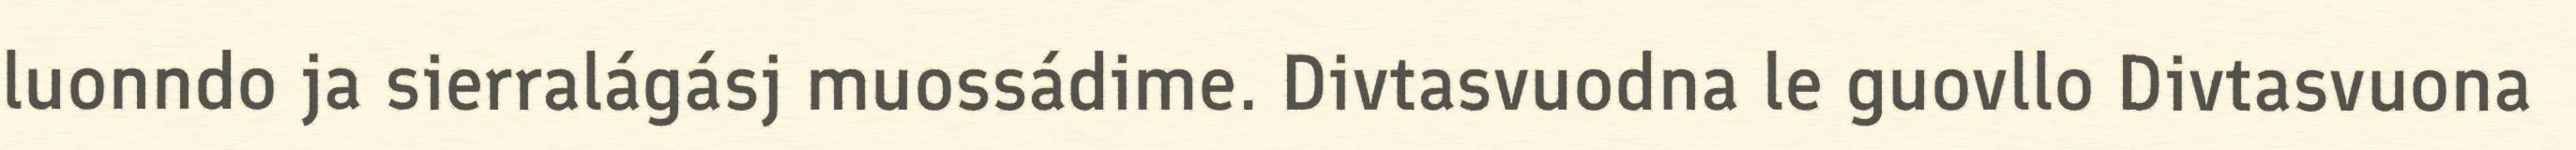
luonndo ja sierralágásj muossádime. Divtasvuodna le guovllo Divtasvuona